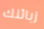
زبائنك